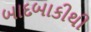
બાદબાકીથી